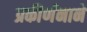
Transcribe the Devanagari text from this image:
प्रकीर्णनाने